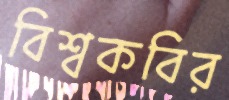
বিশ্বকবির